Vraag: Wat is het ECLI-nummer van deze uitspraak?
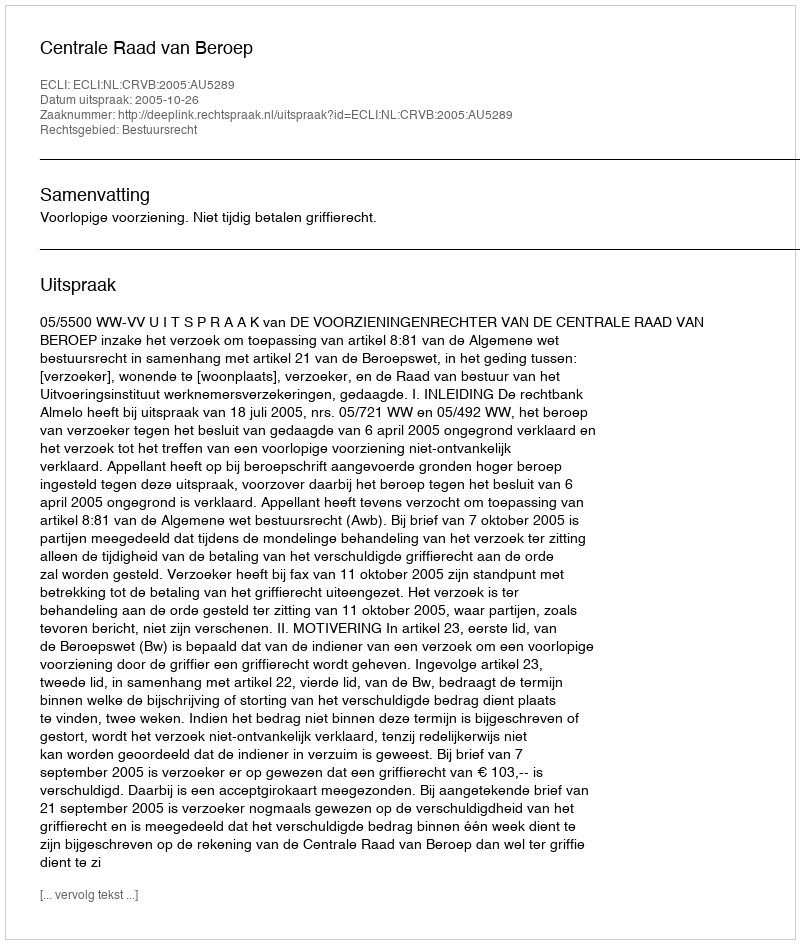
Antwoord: ECLI:NL:CRVB:2005:AU5289